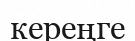
кереңге